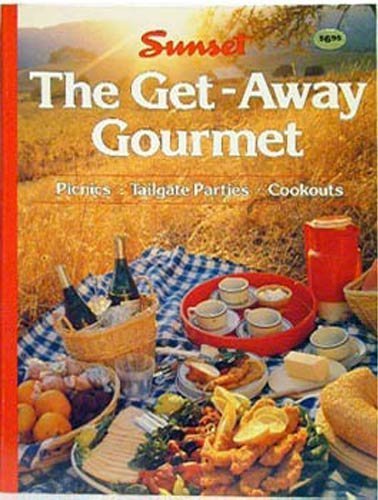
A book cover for Sunset The Get-Away Gourmet (Picnics * Tailgate Parties * Cookouts); Cookbooks, Food & Wine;